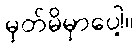
မှတ်မိမှာပေါ့။